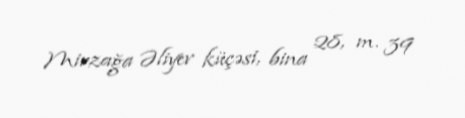
Mirzağa Əliyev küçəsi, bina 28, m. 39